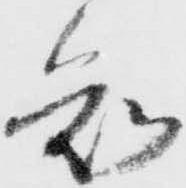
知